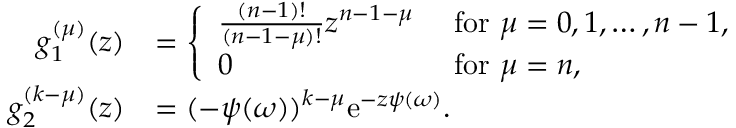
\begin{array} { r l } { g _ { 1 } ^ { ( \mu ) } ( z ) } & { = \left\{ \begin{array} { l l } { \frac { ( n - 1 ) ! } { ( n - 1 - \mu ) ! } z ^ { n - 1 - \mu } } & { \mathrm { ~ f o r ~ } \mu = 0 , 1 , \ldots , n - 1 , } \\ { 0 } & { \mathrm { ~ f o r ~ } \mu = n , } \end{array} \right. } \\ { g _ { 2 } ^ { ( k - \mu ) } ( z ) } & { = ( - \psi ( \omega ) ) ^ { k - \mu } \mathrm e ^ { - z \psi ( \omega ) } . } \end{array}